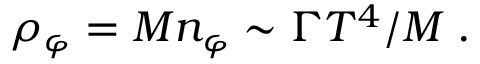
\rho _ { \varphi } = M n _ { \varphi } \sim \Gamma T ^ { 4 } / M \; .